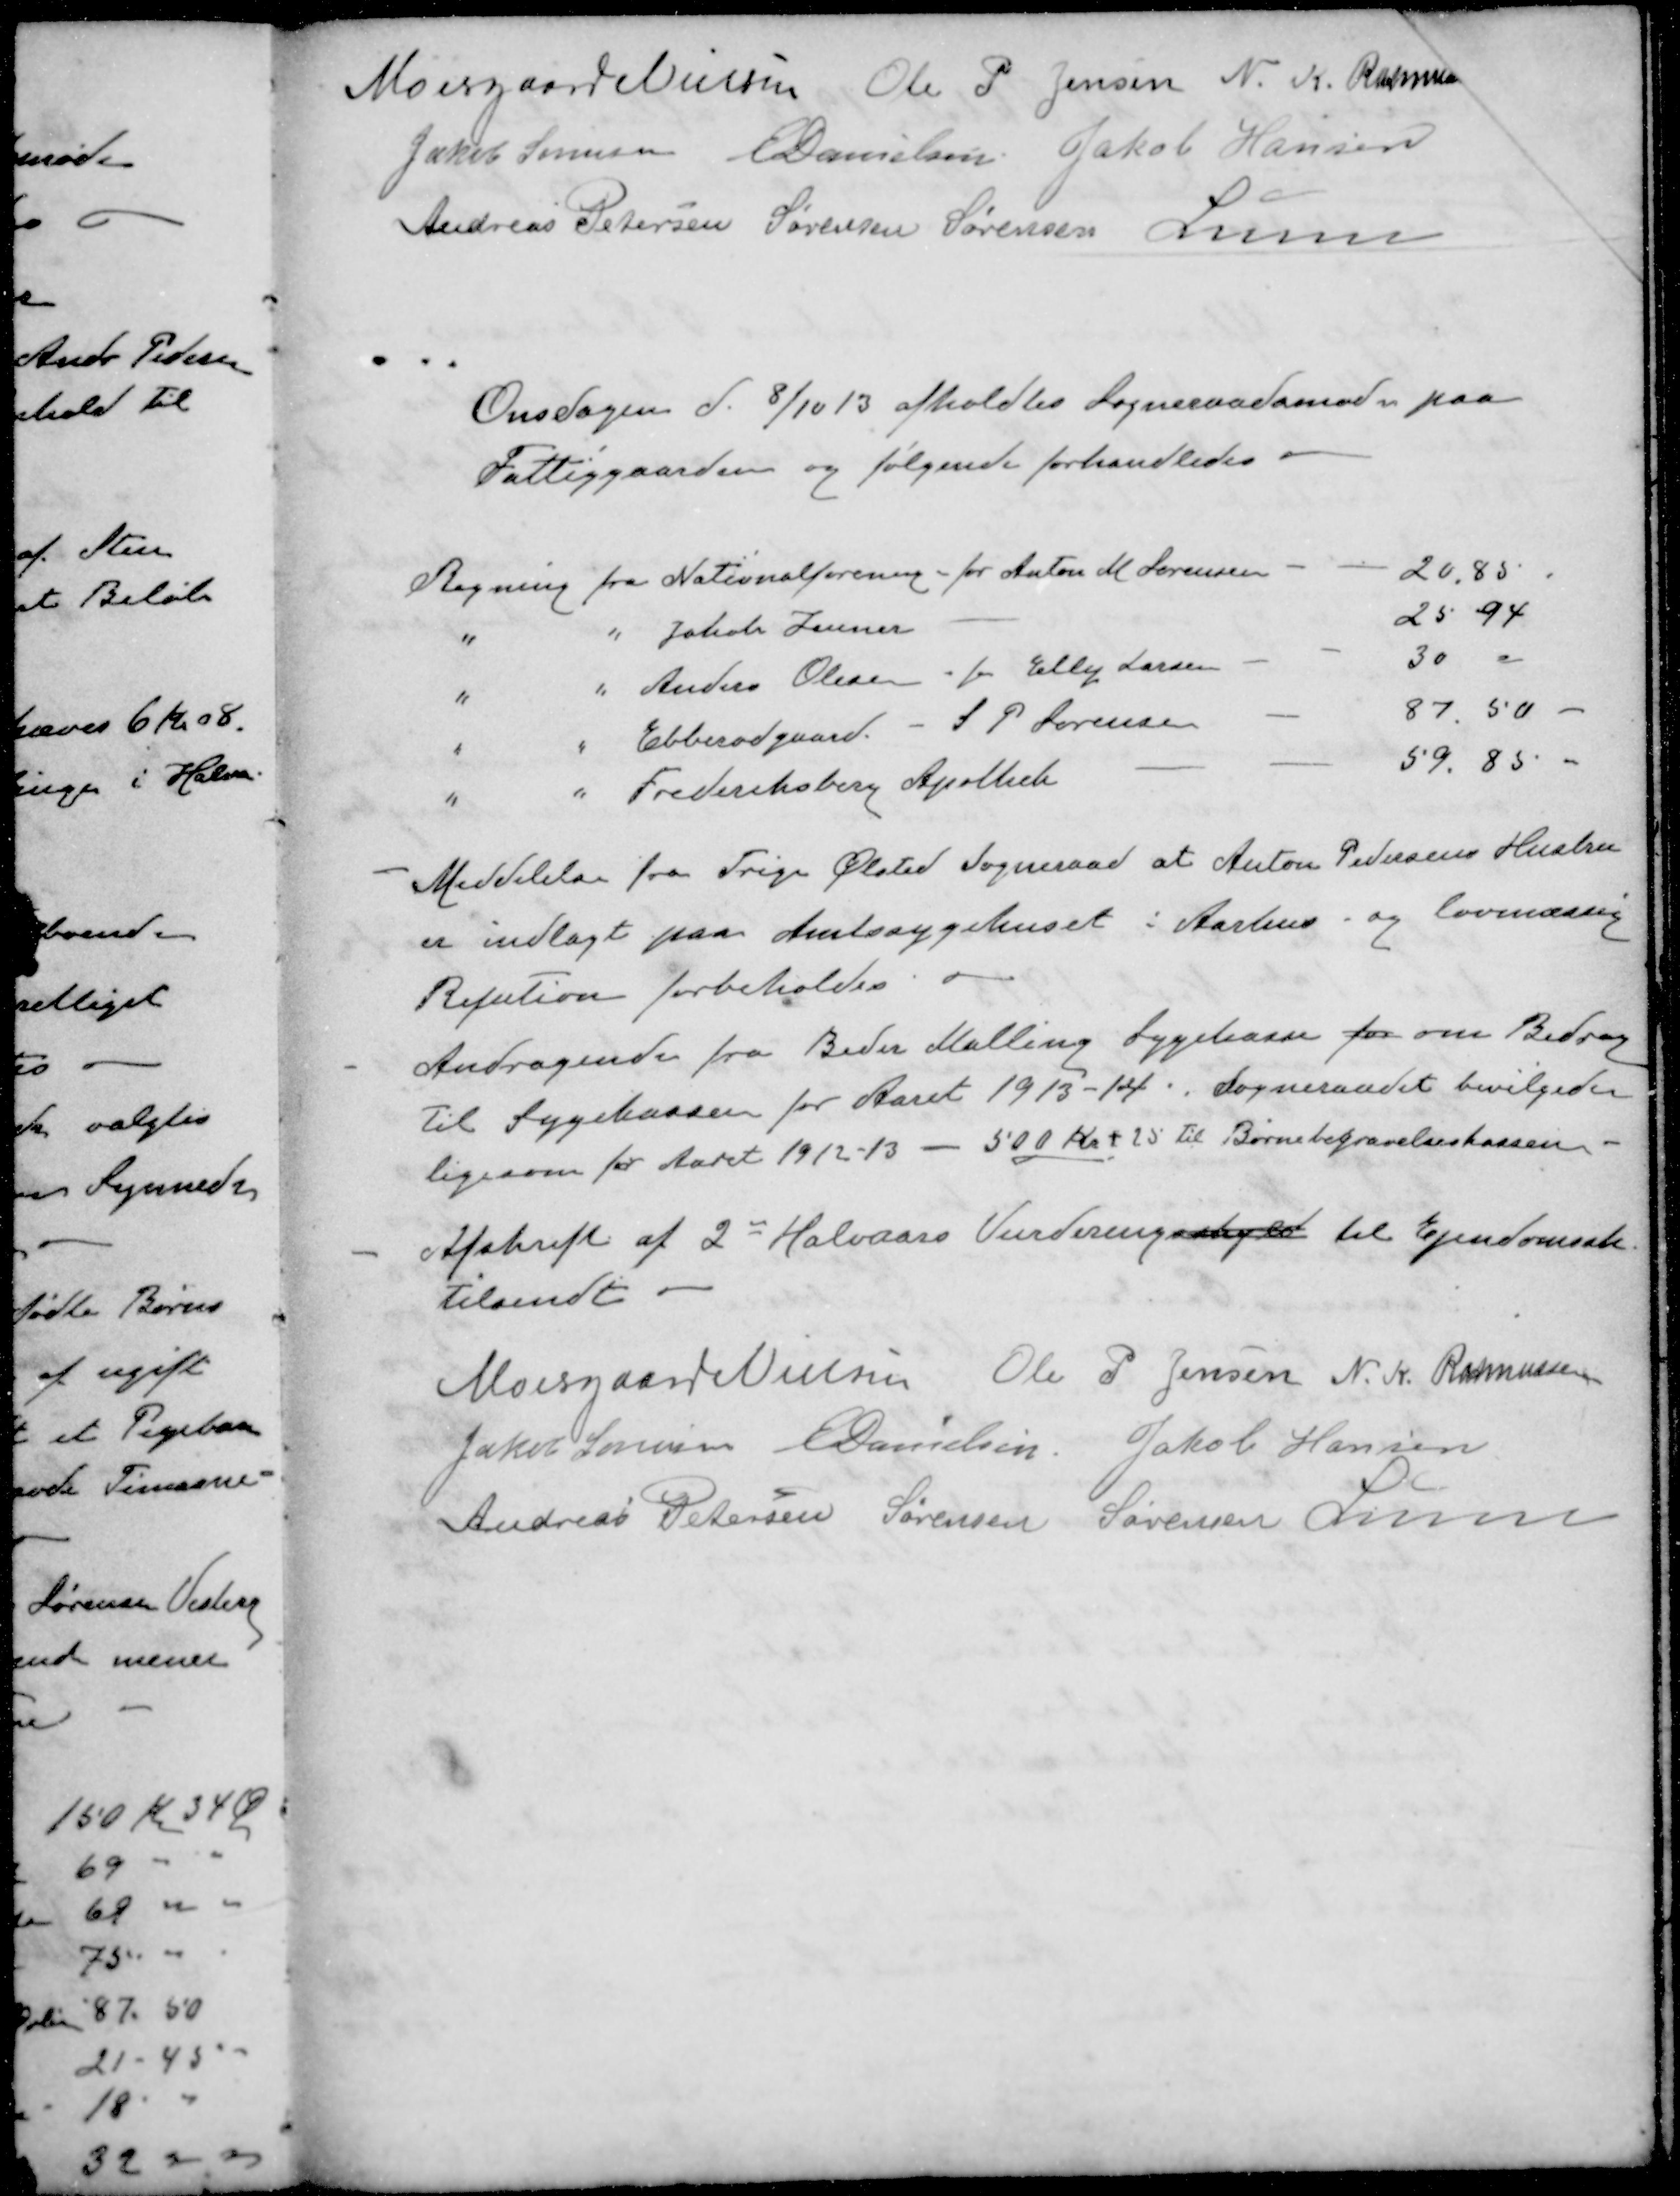
Transskription:
Moesgaard Nielsen
Ole P Jensen
N. K. Rasmussen
Jakob Sørensen
E Danielsen
Jakob Hansen
Andreas Petersen
Sørensen Sørensen
Lunn
Onsdagen d. 8/10 13 afholdtes Sogneraadsmøde paa
Fattiggaarden og følgende forhandledes
Regning fra Nationalforeningen - for Anton M. Sørensen - - 20,85
" " Jakob Zeuner - 25 94
" " Anders Olesen for Elly Larsen - - 30 "
" " Ebberødgaard - S. P. Sørensen 87,50 -
" " Frederiksberg Apothek - - 59.85 -
- Meddelelse fra Trige Ølsted Sogneraad at Anton Pedersens Hustru
er indlagt paa Amtssygehuset i Aarhus og lovmæssig
Refution forbeholdes
- Andragende fra Beder Malling Sygekasse for om Bidrag
til Sygekassen for Aaret 1913-14. Sogneraadet bevilgede
ligesom for Aaret 1912-13 - 500 Kr + 25 til Børnebegravelseskassen
- Afskrift af 2d Halvaars Vurderingsskyld til Ejendomssk
tilsendt
Moesgaard Nielsen
Ole P Jensen
N. K. Rasmussen
Jakob Sørensen
E Danielsen
Jakob Hansen
Andreas Petersen
Sørensen Sørensen
Lunn